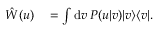
\begin{array} { r l } { \hat { W } ( u ) } & { { } = \int \mathrm { d } v \, P ( u | v ) | v \rangle \langle v | . } \end{array}